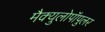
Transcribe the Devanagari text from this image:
मैक्युलोपॉपुलर